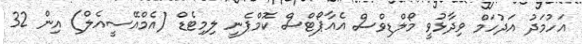
އަހުމަދު އަދުހަމް ވިދާޅުވީ މޯލްޑިވްސް އެއާޕޯޓްސް ކޮމްޕެނީ ލިމިޓެޑް (އެމްއޭސީއެލް) އިން 32